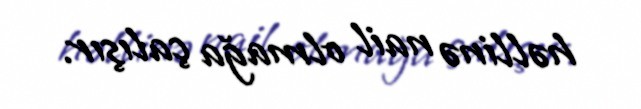
həllinə nail olmağa çalışır.